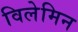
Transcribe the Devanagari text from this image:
विलेमिन